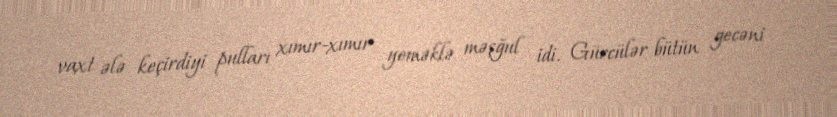
vaxt ələ keçirdiyi pulları xımır-xımır yeməklə məşğul idi. Gürcülər bütün gecəni